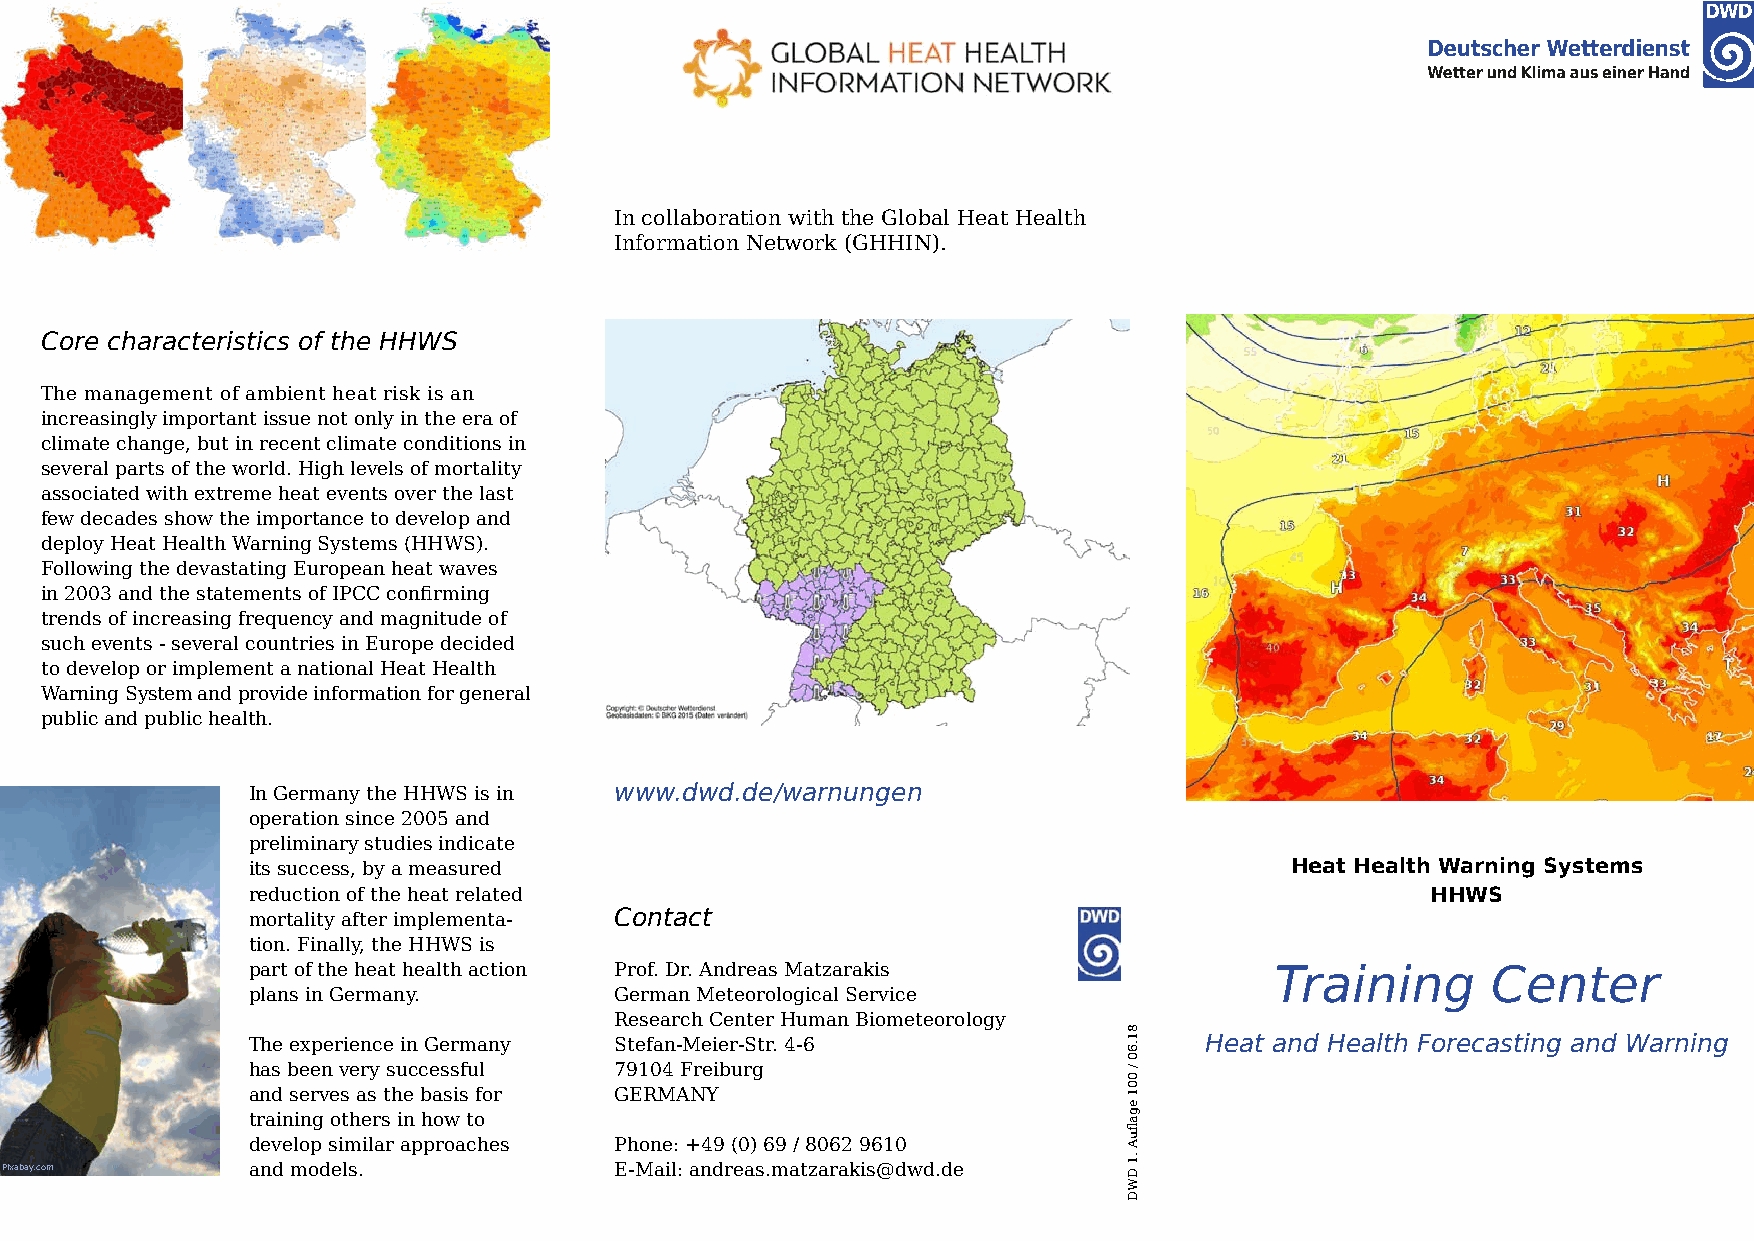
In collaboration with the Global Heat Health
 Information Network (GHHIN).
 Core characteristics of the HHWS
 The management of ambient heat risk is an
 increasingly important issue not only in the era of
 climate change, but in recent climate conditions in
 several parts of the world. High levels of mortality
 associated with extreme heat events over the last
 few decades show the importance to develop and
 deploy Heat Health Warning Systems (HHWS).
 Following the devastating European heat waves
 in 2003 and the statements of IPCC confirming
 trends of increasing frequency and magnitude of
 such events - several countries in Europe decided
 to develop or implement a national Heat Health
 Warning System and provide information for general
 public and public health.
 In Germany the HHWS is in www.dwd.de/warnungen
 operation since 2005 and
 preliminary studies indicate
 its success, by a measured                                           Heat Health Warning Systems
 reduction of the heat related                                                  HHWS
 mortality after implementa- Contact
 tion. Finally, the HHWS is
 part of the heat health action Prof. Dr. Andreas Matzarakis         Training       Center
 plans in Germany.        German Meteorological Service
 Research Center Human Biometeorology
 The experience in Germany Stefan-Meier-Str. 4-6                 Heat and Health Forecasting and Warning
 has been very successful 79104 Freiburg
 and serves as the basis for GERMANY
 training others in how to
 develop similar approaches Phone: +49 (0) 69 / 8062 9610
 Pixabay.com     and models.              E-Mail: andreas.matzarakis@dwd.de
 81.60
 /
 001
 egaf
 uA
 .1
 DWD